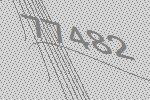
77482